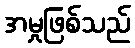
အမှုဖြစ်သည်